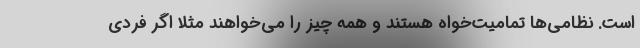
است. نظامی‌ها تمامیت‌خواه هستند و همه چیز را می‌خواهند مثلا اگر فردی